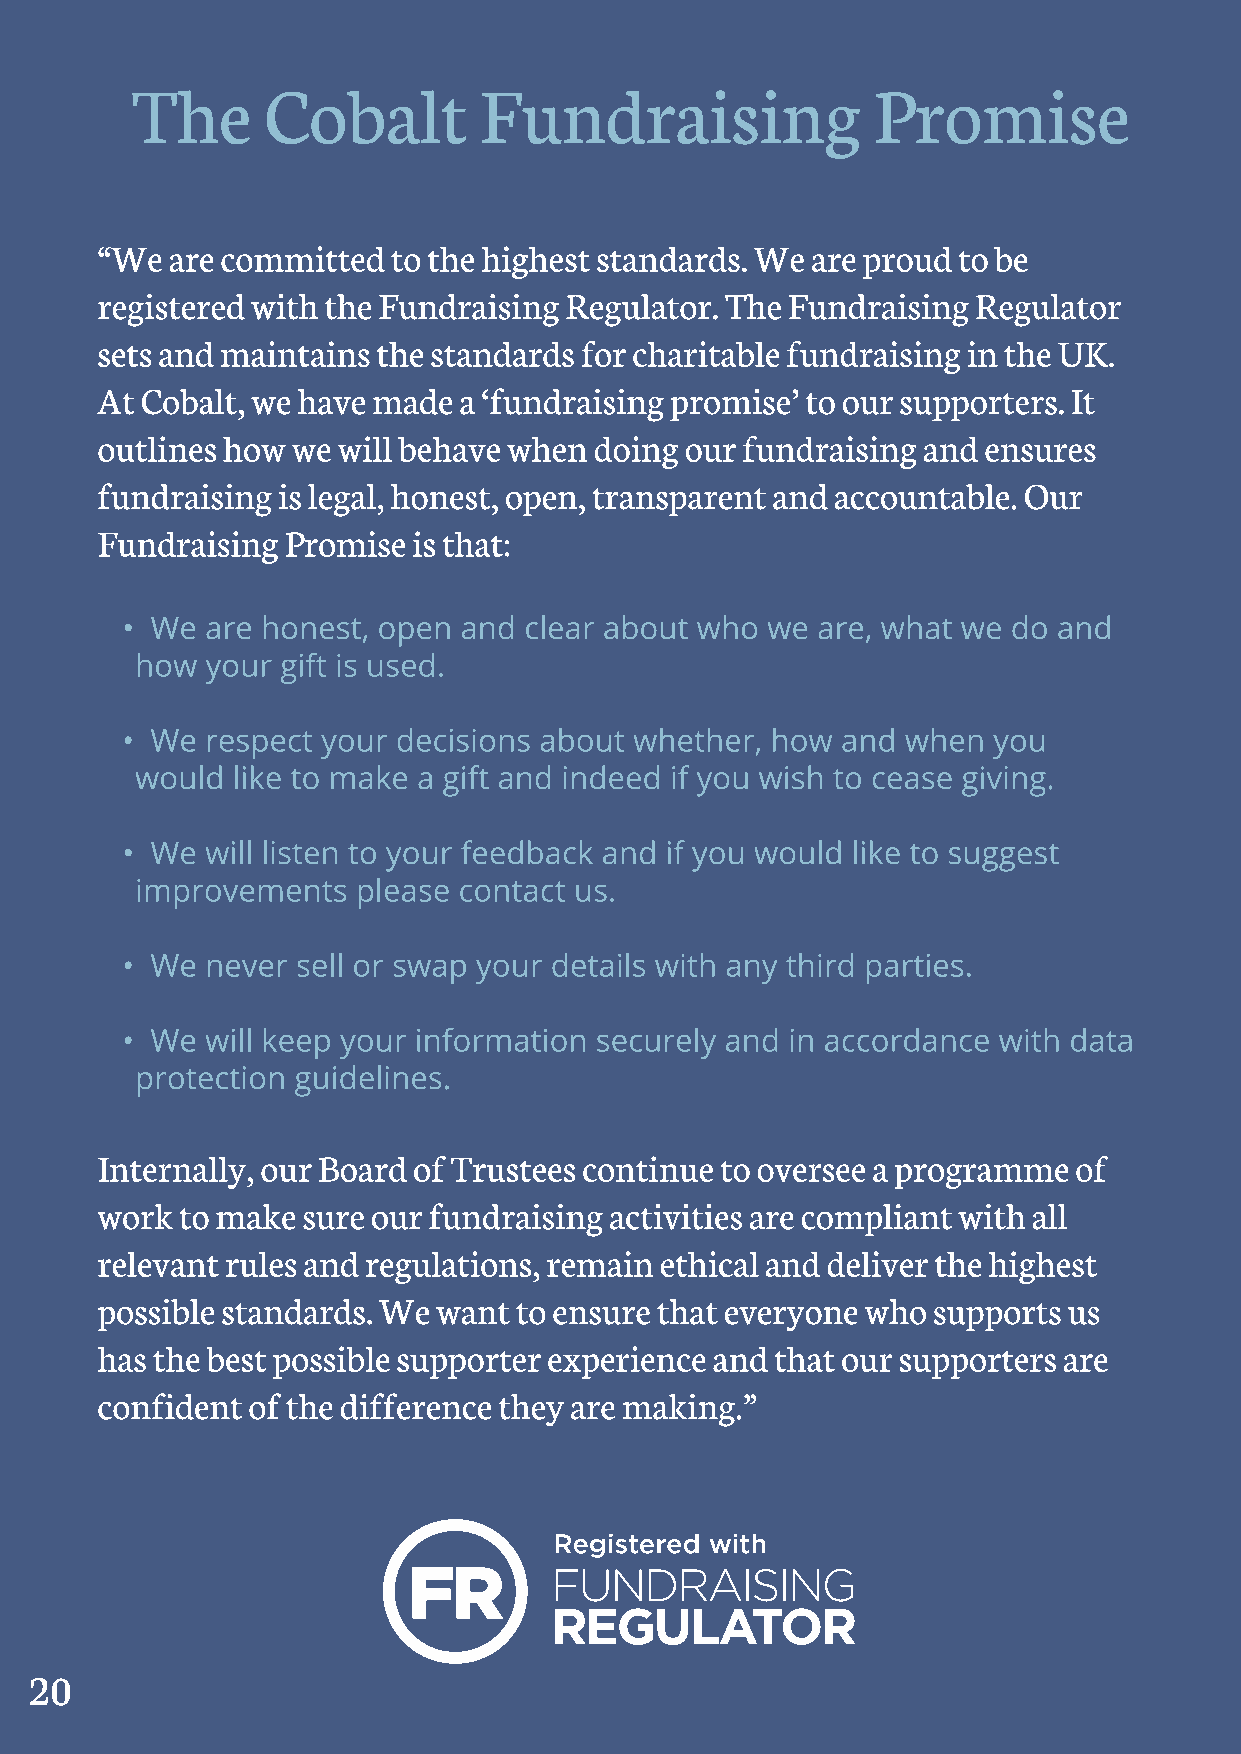
20